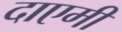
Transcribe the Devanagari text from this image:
दाएमी